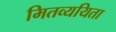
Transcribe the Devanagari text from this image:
मितव्‍ययिता